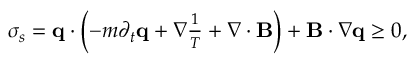
\begin{array} { r } { \sigma _ { s } = \mathbf q \cdot \left( - m \partial _ { t } \mathbf q + \nabla \frac { 1 } { T } + \nabla \cdot \mathbf B \right) + \mathbf B \cdot \nabla \mathbf q \geq 0 , } \end{array}